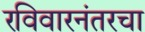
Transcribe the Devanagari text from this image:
रविवारनंतरचा